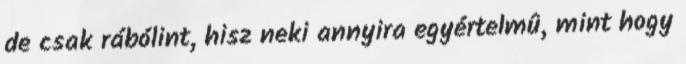
de csak rábólint, hisz neki annyira egyértelmû, mint hogy